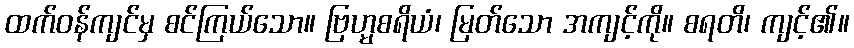
ထက်ဝန်ကျင်မှ စင်ကြယ်သော။ ဗြဟ္မစရိယံ၊ မြတ်သော အကျင့်ကို။ စရတိ၊ ကျင့်၏။